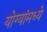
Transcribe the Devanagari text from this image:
योग्यांमध्ये